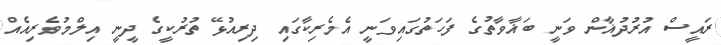
ރައީސް އުރުދުޣާން ވަނީ ބަޣާވާތުގެ ފަހަތުގައިވަނީ އެމެރިކާގައި ދިރިއުޅޭ ތުރުކީގެ ދީނީ އިލްމުވެރިއެއް